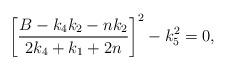
LaTeX: \begin{align*}\left[\frac{B-k_4k_2-nk_2}{2k_4+k_1+2n}\right]^2-k_5^2=0,\end{align*}